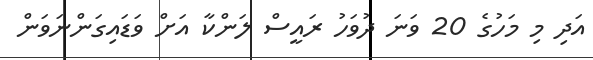
އަދި މި މަހުގެ 20 ވަނަ ދުވަހު ރައީސް ލަންކާ އަށް ވަޑައިގަންނަވަން